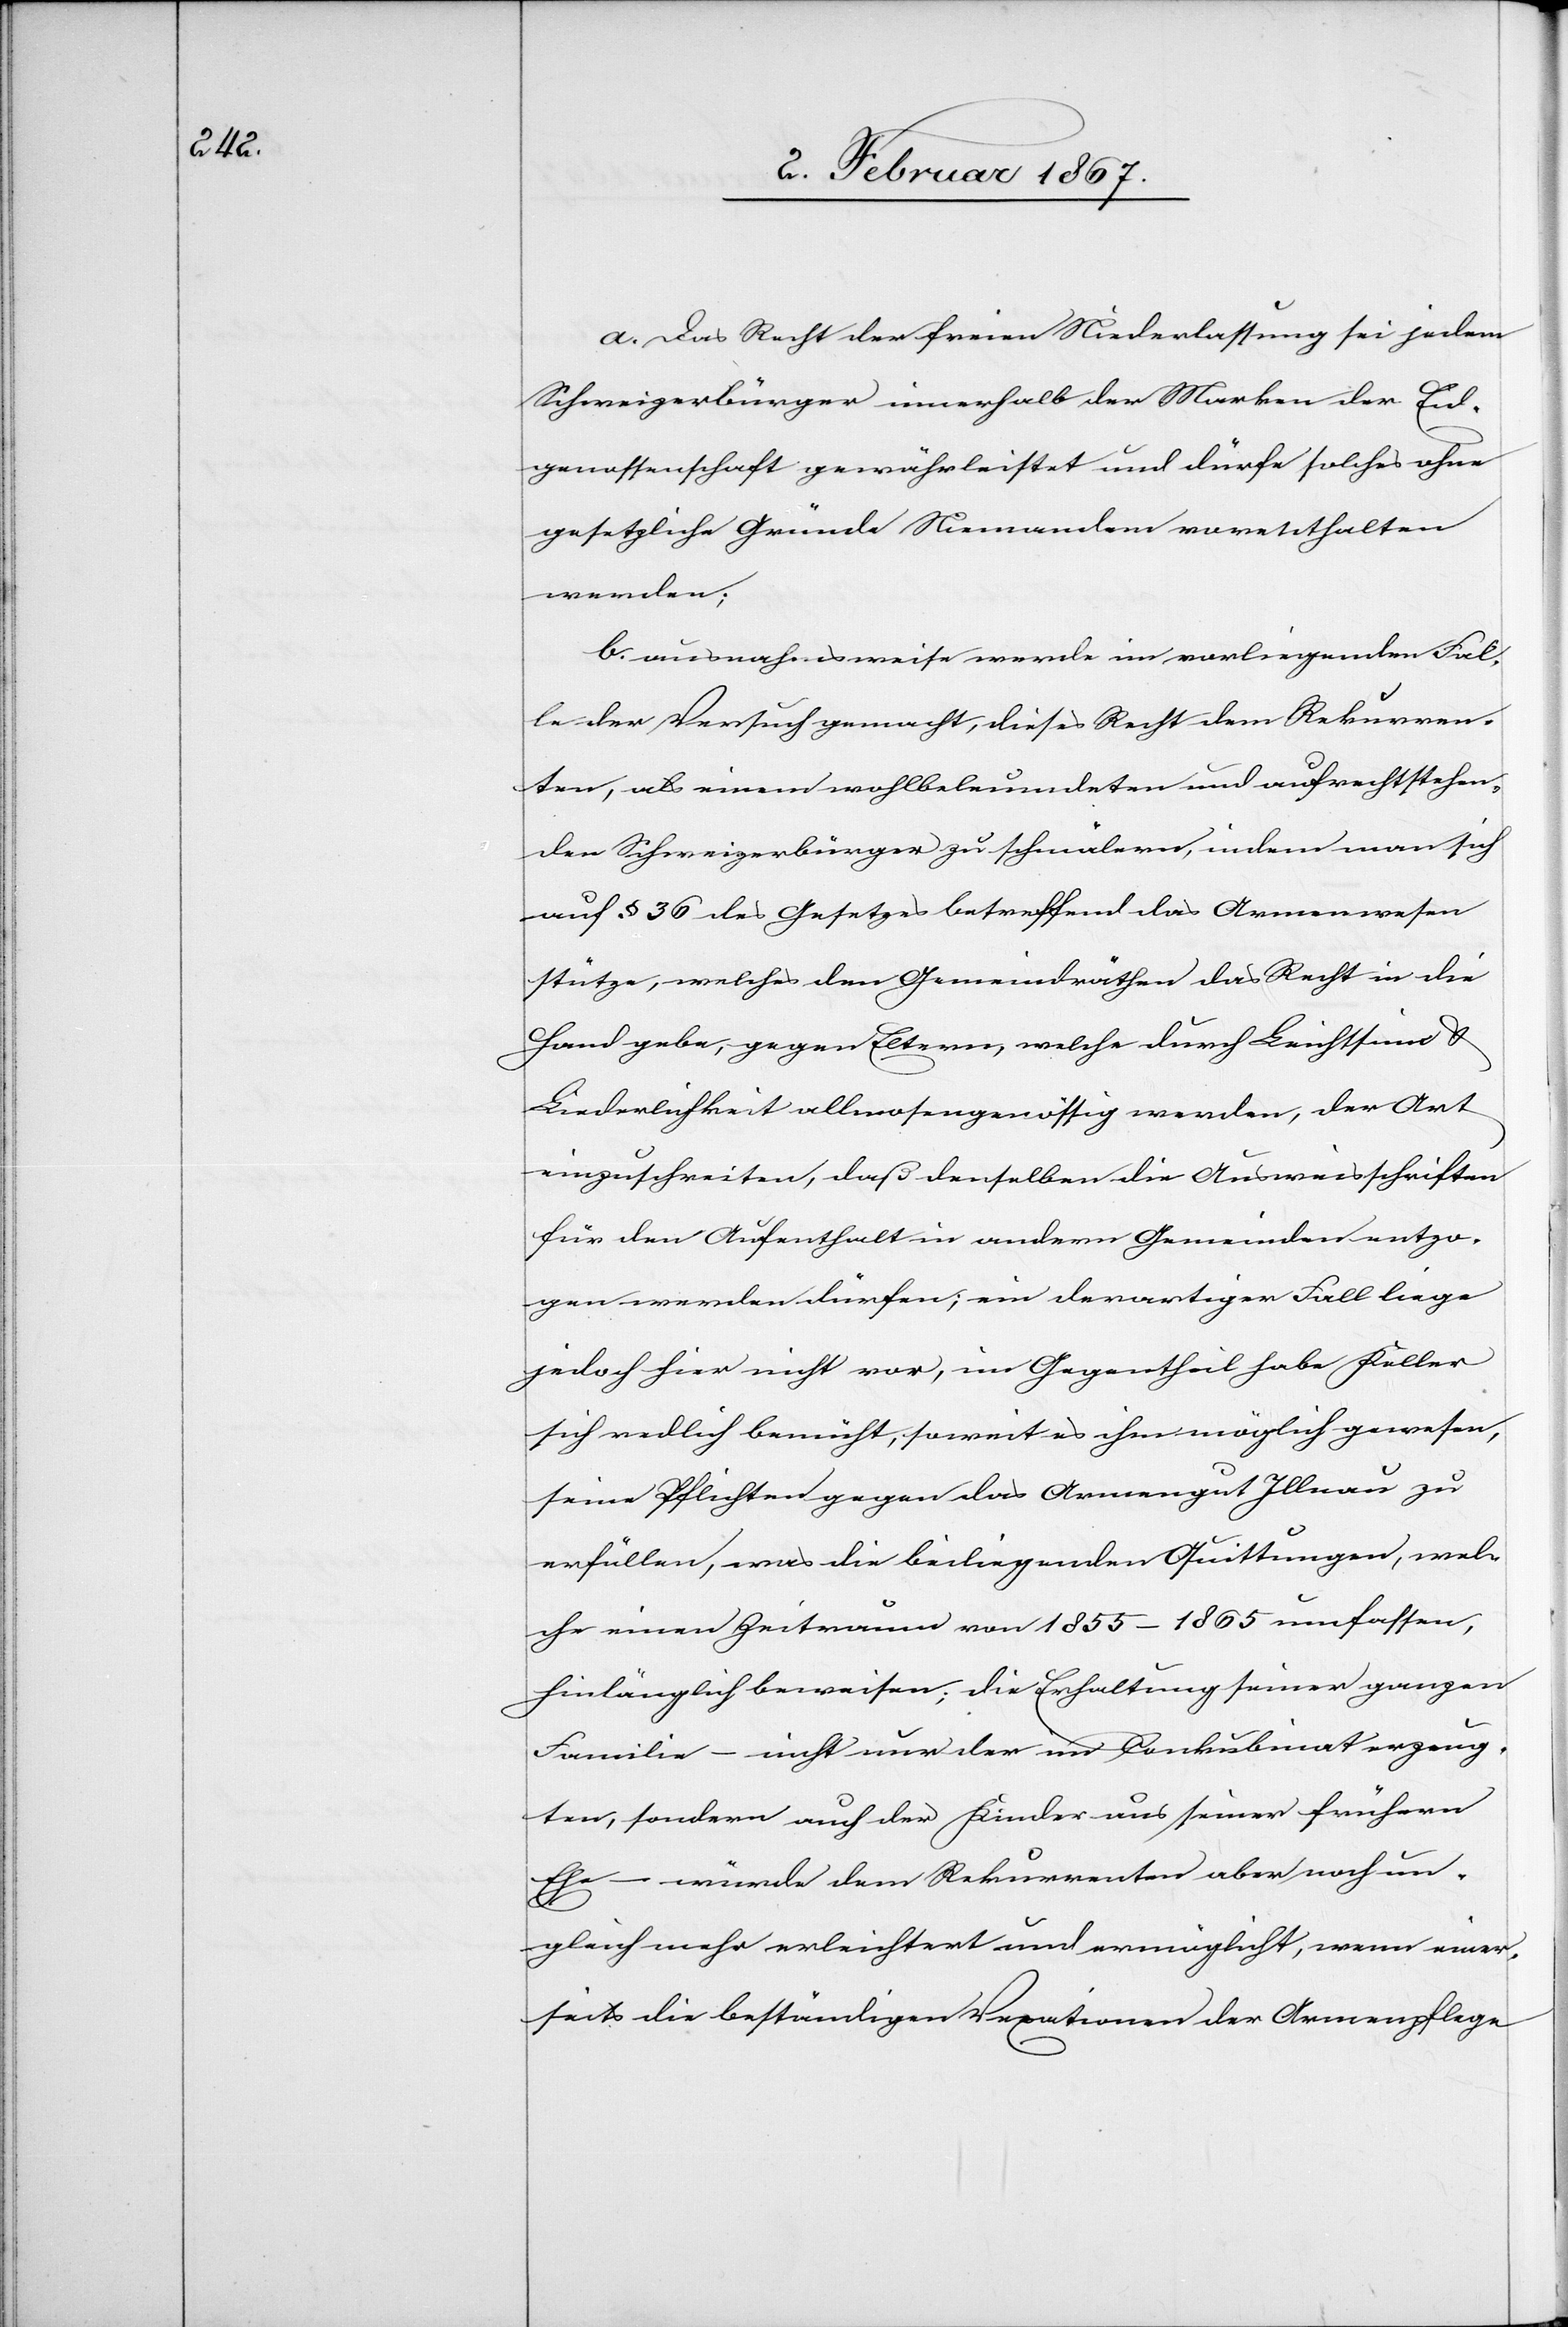
a. Das Recht der freien Niederlassung sei jedem
Schweizerbürger innerhalb der Marken der Eid¬
genossenschaft gewährleistet und dürfe solches ohne
gesetzliche Gründe Niemandem vorenthalten
werden;
b. ausnahmsweise werde im vorliegenden Fal¬
le der Versuch gemacht, dieses Recht dem Rekurren¬
ten, als einem wohlbeleumdeten und aufrechtstehen¬
den Schweizerbürger zu schmälern, indem man sich
auf § 36 des Gesetzes betreffend das Armenwesen
stütze, welches den Gemeindräthen das Recht in die
Hand gebe, gegen Eltern, welche durch Leichtsinn &
Liederlichkeit allmosengenossig werden, der Art
einzuschreiten, daß denselben die Ausweisschriften
für den Aufenthalt in andern Gemeinden entzo¬
gen werden dürfen, ein derartiger Fall liege
jedoch hier nicht vor, im Gegentheil habe Keller
sich redlich bemüht, soweit es ihm möglich gewesen,
seine Pflichten gegen das Armengut Illnau zu
erfüllen, was die beiliegenden Quittungen, wel¬
che einen Zeitraum von 1855–1865 umfassen,
hinlänglich beweisen; die Erhaltung seiner ganzen
Familie – nicht nur der im Conkubinat erzeug¬
ten, sondern auch der Kinder aus seiner frühern
Ehe – würde dem Rekurrenten aber noch un¬
gleich mehr erleichtert und ermöglicht, wenn einer¬
seits die beständigen Vexationen der Armenpflege